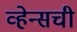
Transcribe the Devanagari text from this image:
व्हेन्सची